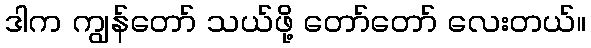
ဒါက ကျွန်တော် သယ်ဖို့ တော်တော် လေးတယ်။